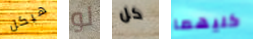
هيكل لو كل كليهما